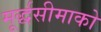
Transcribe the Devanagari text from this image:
मूर्द्धसीमाको